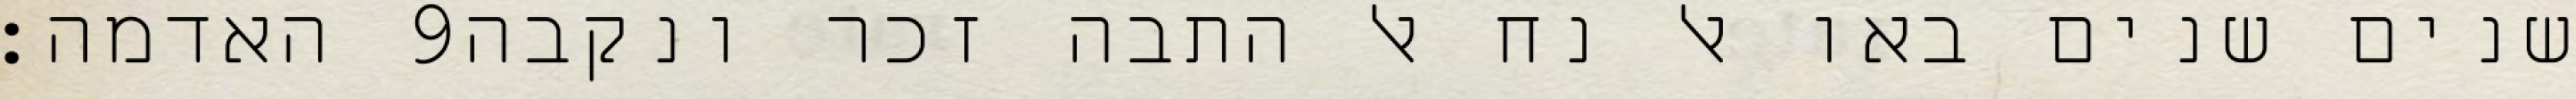
האדמה׃ ‎9‏ שנים שנים באו אל נח אל התבה זכר ונקבה